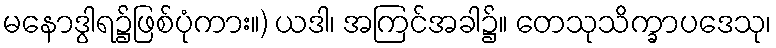
မနောဒွါရ၌ဖြစ်ပုံကား။) ယဒါ၊ အကြင်အခါ၌။ တေသုသိက္ခာပဒေသု၊